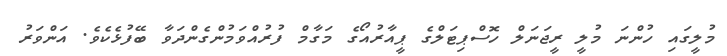
މުލީގައި ހުންނަ މުލީ ރީޖަނަލް ހޮސްޕިޓަލްގެ ޕީއާރުއޯގެ މަގާމް ފުރުއްވަމުންގެންދަވާ ބޭފުޅެކެވެ. އަންވަރު